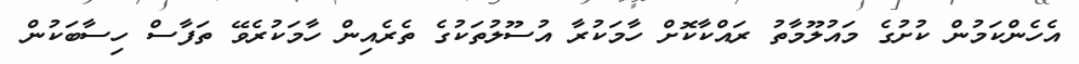
އެހެންކަމުން ކުށުގެ މައުލޫމާތު ރައްކާކޮށް ހާމަކުރާ އުސޫލުތަކުގެ ތެރެއިން ހާމަކުރެވޭ ތަފާސް ހިސާބަކުން